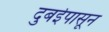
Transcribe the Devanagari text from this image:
दुबईपासून